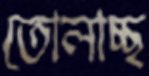
তোলাচ্ছ